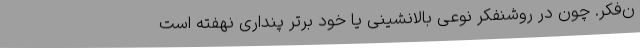
ن‌فکر. چون در روشنفکر نوعی بالانشینی یا خود برتر پنداری نهفته است